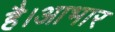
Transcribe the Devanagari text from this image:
है।आभार